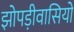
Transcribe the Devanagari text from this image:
झोपड़ीवासियों